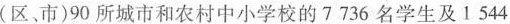
(区市)90所城市和农村中小学校的7736